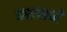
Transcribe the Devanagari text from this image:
वक्षामध्ये